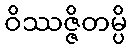
ဝိဿဇ္ဇိတမ္ပိ